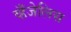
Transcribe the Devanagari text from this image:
व्हँजेलिस